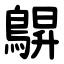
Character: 鵿